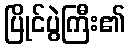
ပြိုင်ပွဲကြီး၏